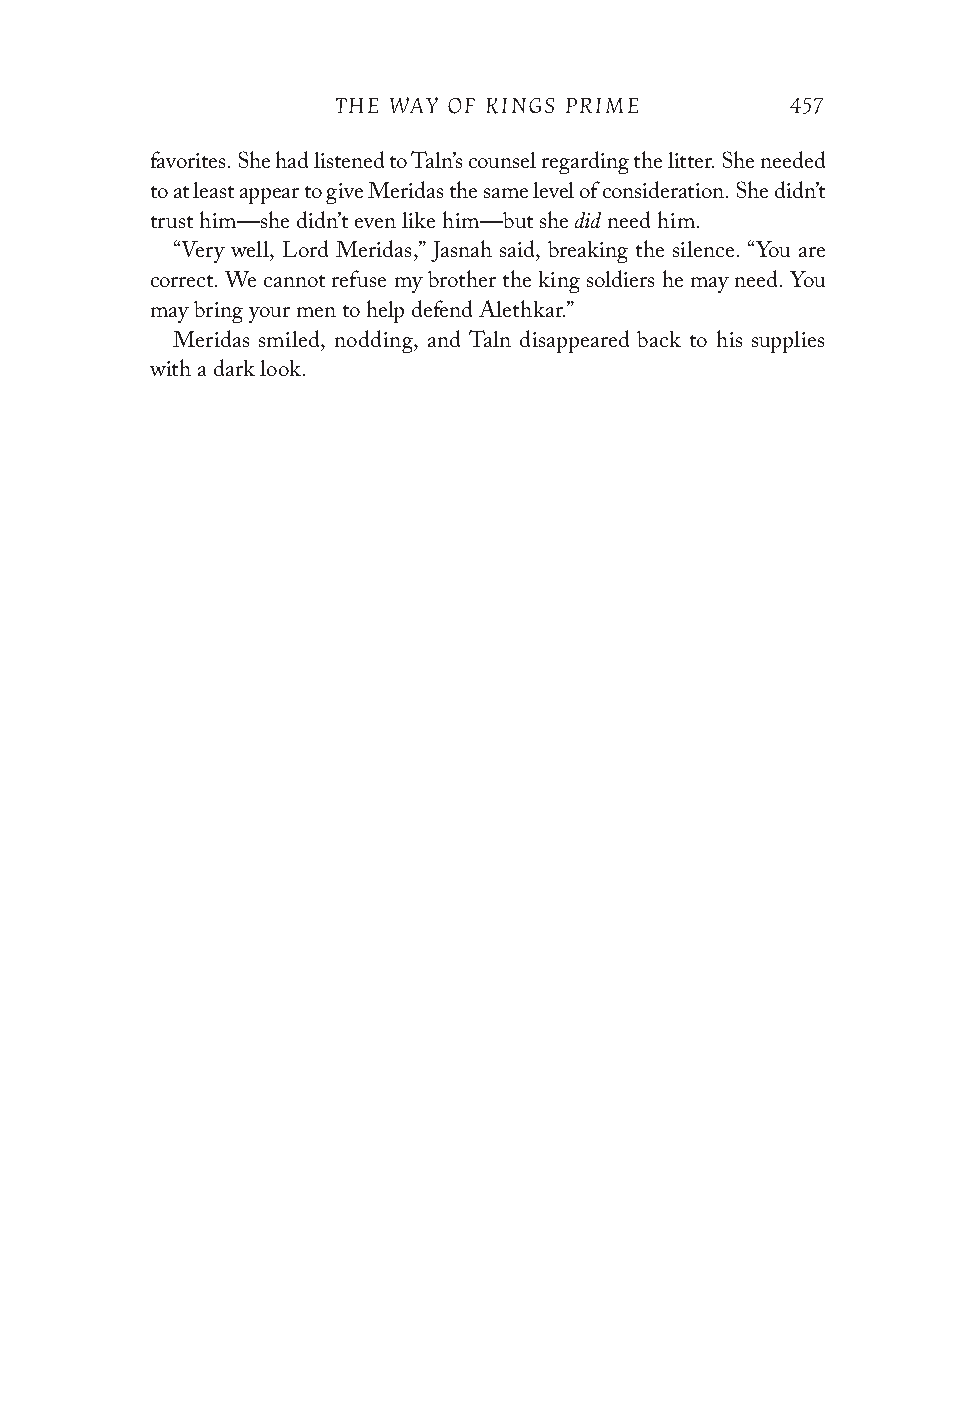
THE WAY OF KINGS PRIME        457
 favorites. She had listened to Taln’s counsel regarding the litter. She needed
 to at least appear to give Meridas the same level of consideration. She didn’t
 did
 trust him—she didn’t even like him—but she need him.
 “Very well, Lord Meridas,” Jasnah said, breaking the silence. “You are
 correct. We cannot refuse my brother the king soldiers he may need. You
 may bring your men to help defend Alethkar.”
 Meridas smiled, nodding, and Taln disappeared back to his supplies
 with a dark look.